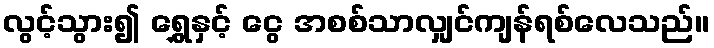
လွင့်သွား၍ ရွှေနှင့် ငွေ အစစ်သာလျှင်ကျန်ရစ်လေသည်။